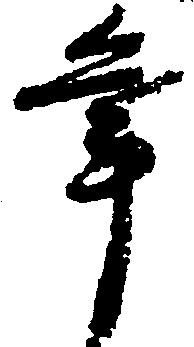
年